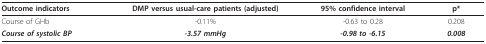
<table><thead><tr><td><b>Outcome indicators</b></td><td><b>DMP versus usual-care patients (adjusted)</b></td><td><b>95% confidence interval</b></td><td><b>p*</b></td></tr></thead><tbody><tr><td>Course of GHb</td><td>-0.11%</td><td>-0.63 to 0.28</td><td>0.208</td></tr><tr><td><b><i>Course of systolic BP</i></b></td><td><b><i>-3.57 mmHg</i></b></td><td><b><i>-0.98 to -6.15</i></b></td><td><b><i>0.008</i></b></td></tr></tbody></table>